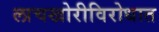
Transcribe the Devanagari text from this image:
लाचखोरीविरोधात